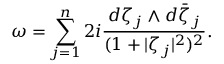
\omega = \sum _ { j = 1 } ^ { n } 2 i \frac { d \zeta _ { j } \wedge d \bar { \zeta } _ { j } } { ( 1 + | \zeta _ { j } | ^ { 2 } ) ^ { 2 } } .